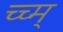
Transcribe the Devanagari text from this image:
च्च्म्